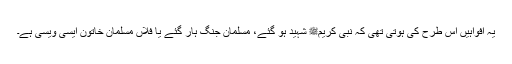
یہ افواہیں اس طرح کی ہوتی تھی کہ نبی کریمﷺ شہید ہو گئے، مسلمان جنگ ہار گئے یا فلاں مسلمان خاتون ایسی ویسی ہے۔